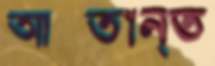
আক্তান্ত